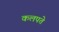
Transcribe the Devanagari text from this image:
कलपते